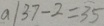
a / 3 7 - 2 = 3 5